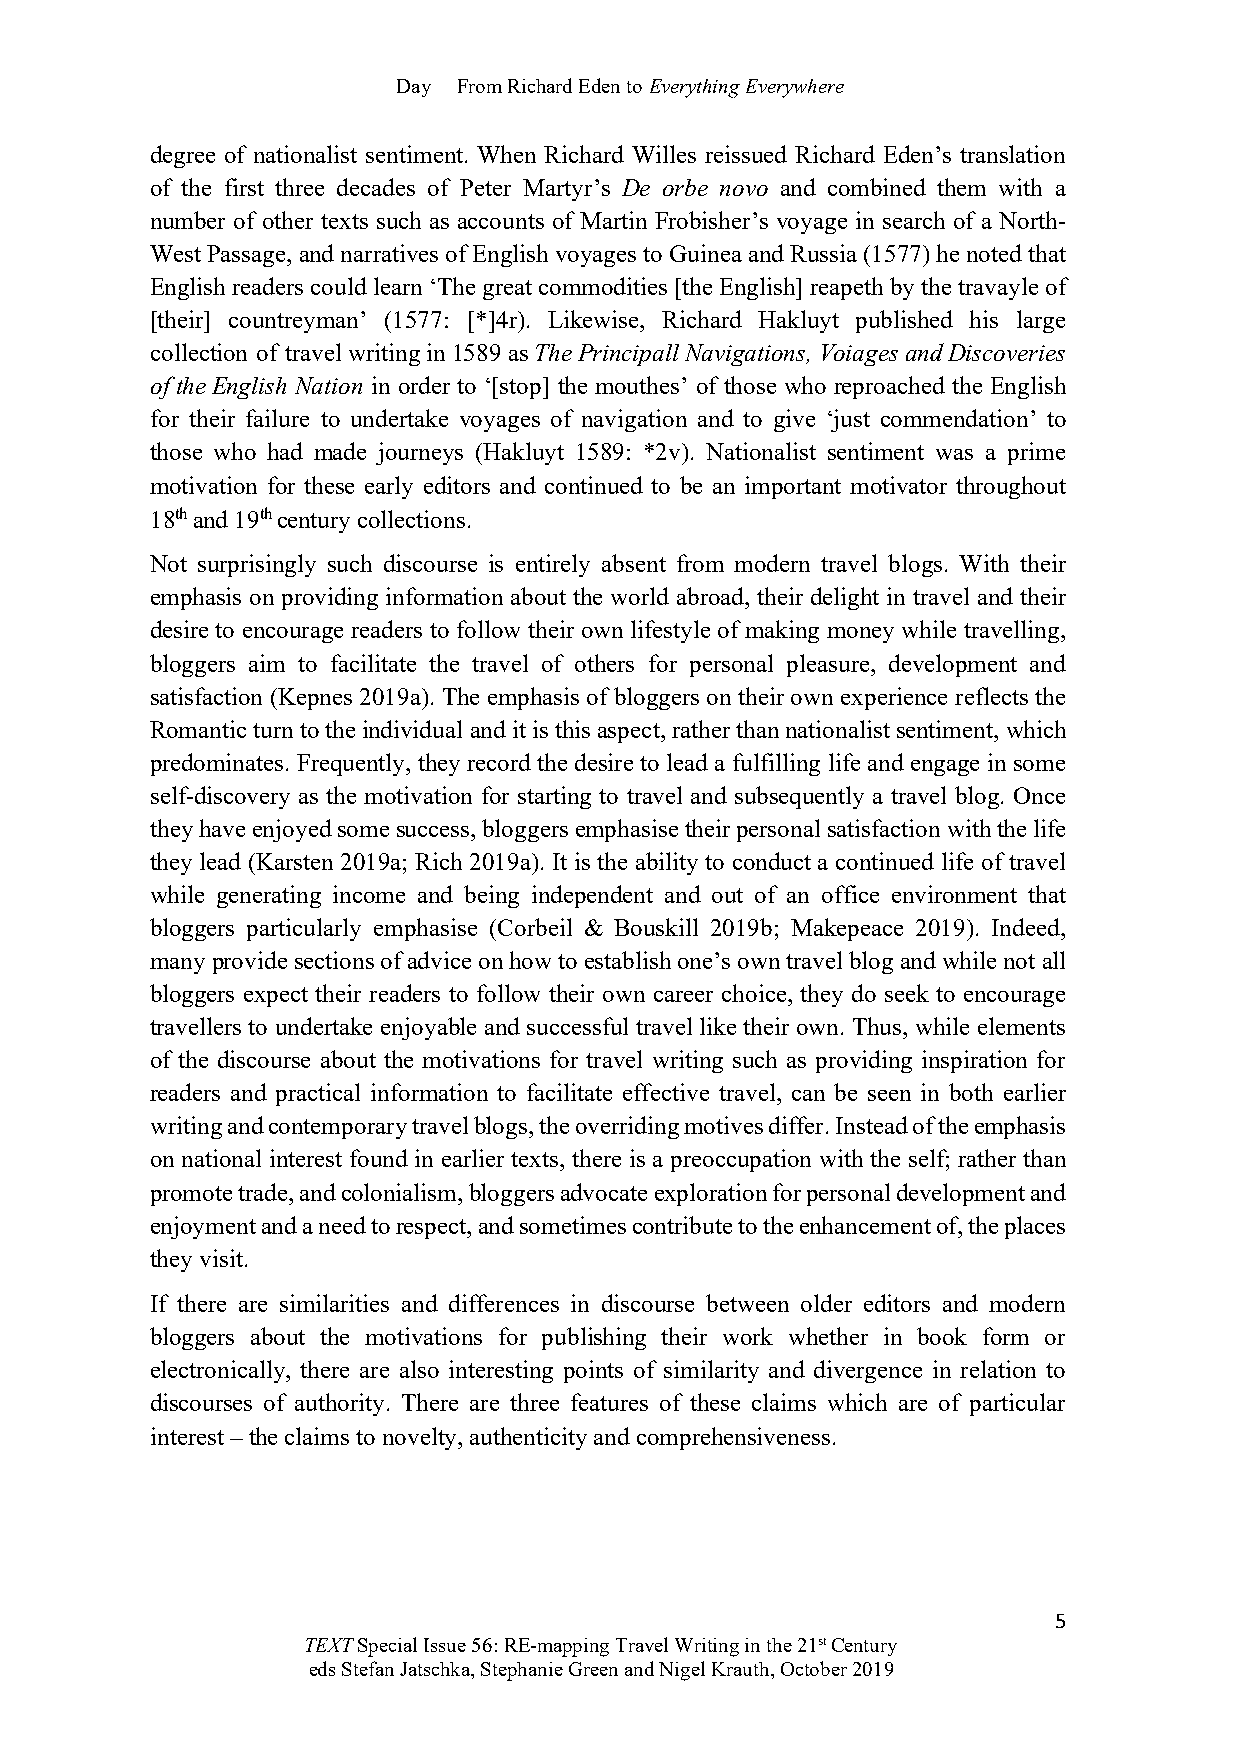
Day From Richard Eden to Everything Everywhere
 degree of nationalist sentiment. When Richard Willes reissued Richard Eden’s translation
 of the first three decades of Peter Martyr’s De orbe novo and combined them with a
 number of other texts such as accounts of Martin Frobisher’s voyage in search of a North-
 West Passage, and narratives of English voyages to Guinea and Russia (1577) he noted that
 English readers could learn ‘The great commodities [the English] reapeth by the travayle of
 [their] countreyman’ (1577: [*]4r). Likewise, Richard Hakluyt published his large
 collection of travel writing in 1589 as The Principall Navigations, Voiages and Discoveries
 of the English Nation in order to ‘[stop] the mouthes’ of those who reproached the English
 for their failure to undertake voyages of navigation and to give ‘just commendation’ to
 those who had made journeys (Hakluyt 1589: *2v). Nationalist sentiment was a prime
 motivation for these early editors and continued to be an important motivator throughout
 18th and 19th century collections.
 Not surprisingly such discourse is entirely absent from modern travel blogs. With their
 emphasis on providing information about the world abroad, their delight in travel and their
 desire to encourage readers to follow their own lifestyle of making money while travelling,
 bloggers aim to facilitate the travel of others for personal pleasure, development and
 satisfaction (Kepnes 2019a). The emphasis of bloggers on their own experience reflects the
 Romantic turn to the individual and it is this aspect, rather than nationalist sentiment, which
 predominates. Frequently, they record the desire to lead a fulfilling life and engage in some
 self-discovery as the motivation for starting to travel and subsequently a travel blog. Once
 they have enjoyed some success, bloggers emphasise their personal satisfaction with the life
 they lead (Karsten 2019a; Rich 2019a). It is the ability to conduct a continued life of travel
 while generating income and being independent and out of an office environment that
 bloggers particularly emphasise (Corbeil & Bouskill 2019b; Makepeace 2019). Indeed,
 many provide sections of advice on how to establish one’s own travel blog and while not all
 bloggers expect their readers to follow their own career choice, they do seek to encourage
 travellers to undertake enjoyable and successful travel like their own. Thus, while elements
 of the discourse about the motivations for travel writing such as providing inspiration for
 readers and practical information to facilitate effective travel, can be seen in both earlier
 writing and contemporary travel blogs, the overriding motives differ. Instead of the emphasis
 on national interest found in earlier texts, there is a preoccupation with the self; rather than
 promote trade, and colonialism, bloggers advocate exploration for personal development and
 enjoyment and a need to respect, and sometimes contribute to the enhancement of, the places
 they visit.
 If there are similarities and differences in discourse between older editors and modern
 bloggers about the motivations for publishing their work whether in book form or
 electronically, there are also interesting points of similarity and divergence in relation to
 discourses of authority. There are three features of these claims which are of particular
 interest – the claims to novelty, authenticity and comprehensiveness.
 5
 TEXT Special Issue 56: RE-mapping Travel Writing in the 21st Century
 eds Stefan Jatschka, Stephanie Green and Nigel Krauth, October 2019